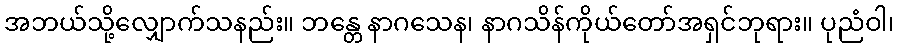
အဘယ်သို့လျှောက်သနည်း။ ဘန္တေ နာဂသေန၊ နာဂသိန်ကိုယ်တော်အရှင်ဘုရား။ ပုညံဝါ၊